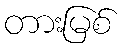
တားမြစ်